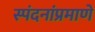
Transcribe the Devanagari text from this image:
स्पंदनांप्रमाणे